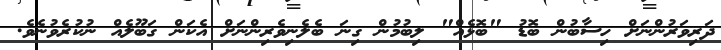
ދަރިވަރުންނަށް ހިސާބުން ބޮޑު "ބޮޅެއް" ލިބުމުން ގިނަ ބެލެނިވެރިންނަށް އެކަން ގަބޫލެއް ނުކުރެވުނެވެ.